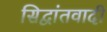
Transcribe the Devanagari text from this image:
सिद्वांतवादी